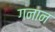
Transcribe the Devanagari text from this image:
गनान